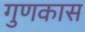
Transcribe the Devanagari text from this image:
गुणकास